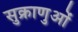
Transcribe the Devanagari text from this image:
सुक्राणुओं